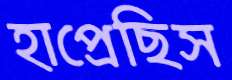
হাপ্‌রেছিস